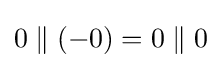
0\parallel (-0)=0\parallel 0